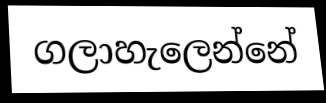
ගලාහැලෙන්නේ